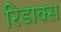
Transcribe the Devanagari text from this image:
रिडाक्स